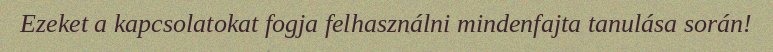
Ezeket a kapcsolatokat fogja felhasználni mindenfajta tanulása során!